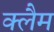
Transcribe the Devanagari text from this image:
क्लैम